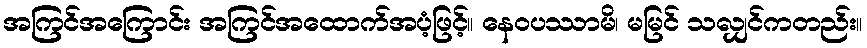
အကြင်အကြောင်း အကြင်အထောက်အပံ့ဖြင့်။ နေဝပဿာမိ၊ မမြင် သလျှင်ကတည်း။